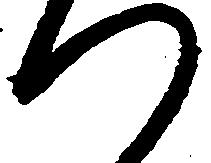
つ